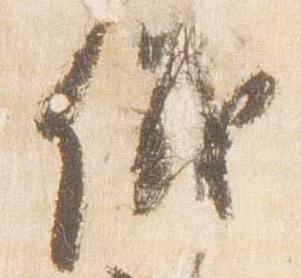
儀